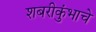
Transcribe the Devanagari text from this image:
शबरीकुंभाचे